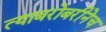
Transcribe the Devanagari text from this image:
त्याबरोबरीनेच